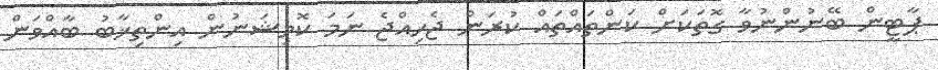
ޕާޓީން ބޭނުންނުވާ ގޮތަކަށް ކަންތައްތައް ކުރަން ޖެހިއްޖެ ނަމަ ކޮމިޝަނުން އިންތިޚާބު ބާއްވަން